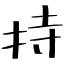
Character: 持